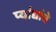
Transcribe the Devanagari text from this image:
प्यांद्यांचे